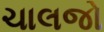
ચાલજો